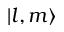
| l , m \rangle